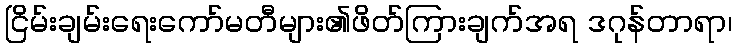
ငြိမ်းချမ်းရေးကော်မတီများ၏ဖိတ်ကြားချက်အရ ဒဂုန်တာရာ၊